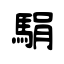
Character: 駽